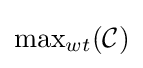
{\max }_{wt}({\mathcal {C}})